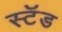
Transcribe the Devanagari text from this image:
स्‍टॅड